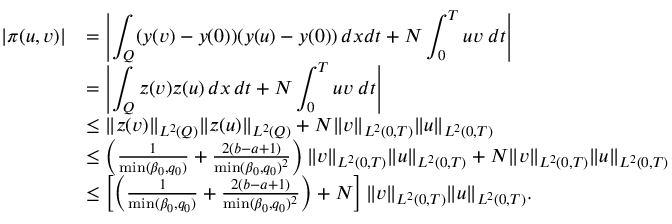
\begin{array} { r l } { | \pi ( u , v ) | } & { = \displaystyle \left| \int _ { Q } ( y ( v ) - y ( 0 ) ) ( y ( u ) - y ( 0 ) ) \, d x d t + N \int _ { 0 } ^ { T } u v \; d t \right| } \\ & { = \displaystyle \left| \int _ { Q } z ( v ) z ( u ) \, d x \, d t + N \int _ { 0 } ^ { T } u v \; d t \right| } \\ & { \leq \| z ( v ) \| _ { L ^ { 2 } ( Q ) } \| z ( u ) \| _ { L ^ { 2 } ( Q ) } + N \| v \| _ { L ^ { 2 } ( 0 , T ) } \| u \| _ { L ^ { 2 } ( 0 , T ) } } \\ & { \leq \left( \frac { 1 } { \operatorname* { m i n } ( \beta _ { 0 } , q _ { 0 } ) } + \frac { 2 ( b - a + 1 ) } { \operatorname* { m i n } ( \beta _ { 0 } , q _ { 0 } ) ^ { 2 } } \right) \| v \| _ { L ^ { 2 } ( 0 , T ) } \| u \| _ { L ^ { 2 } ( 0 , T ) } + N \| v \| _ { L ^ { 2 } ( 0 , T ) } \| u \| _ { L ^ { 2 } ( 0 , T ) } } \\ & { \leq \left[ \left( \frac { 1 } { \operatorname* { m i n } ( \beta _ { 0 } , q _ { 0 } ) } + \frac { 2 ( b - a + 1 ) } { \operatorname* { m i n } ( \beta _ { 0 } , q _ { 0 } ) ^ { 2 } } \right) + N \right] \| v \| _ { L ^ { 2 } ( 0 , T ) } \| u \| _ { L ^ { 2 } ( 0 , T ) } . } \end{array}